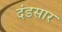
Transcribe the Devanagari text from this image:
दंडसार